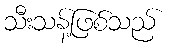
သီးသန့်ဖြစ်သည်